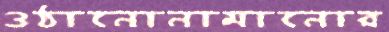
ওঠানোনামানোর